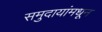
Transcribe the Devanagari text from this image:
समुदायांमधून